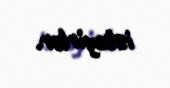
istəyirlər.